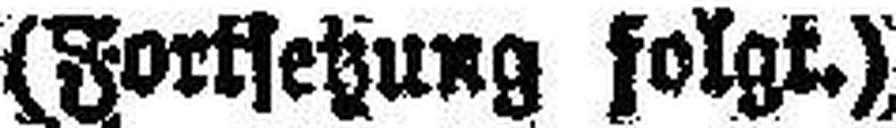
(Fortsetzung folgt.)